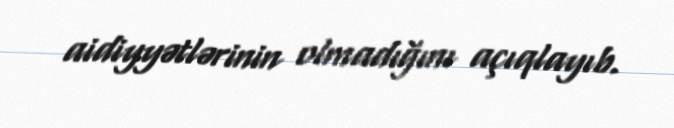
aidiyyətlərinin olmadığını açıqlayıb.